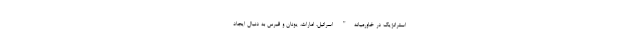
استراتژیک در خاورمیانه" اسرائیل، امارات، یونان و قبرس به دنبال ایجاد